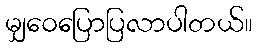
မျှဝေပြောပြလာပါတယ်။